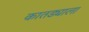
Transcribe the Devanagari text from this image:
कातड्याला